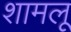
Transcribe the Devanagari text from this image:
शामलू